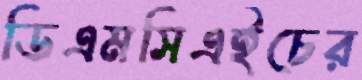
ডিএমসিএইচের